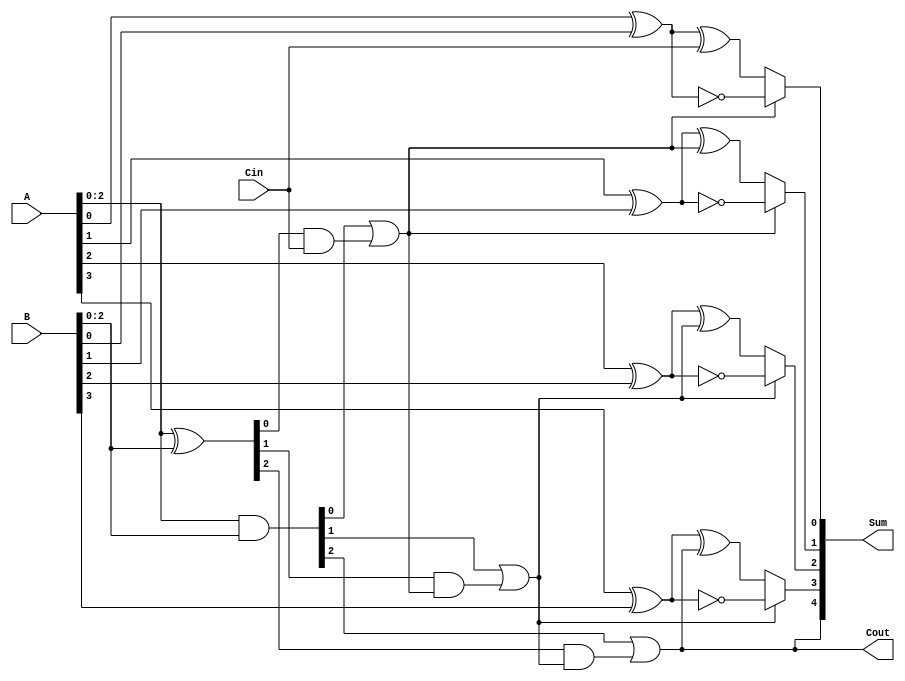
module CarrySelectAdder (
    input [3:0] A,          // First operand
    input [3:0] B,          // Second operand
    input Cin,              // Carry-in
    output [4:0] Sum,       // 4-bit sum + carry-out
    output Cout             // Carry-out
);

    // Intermediate signals
    wire [3:0] S0, S1;      // Partial sums assuming Cin = 0 and Cin = 1
    wire [3:0] G;           // Generate signals
    wire [3:0] P;           // Propagate signals
    wire [1:0] C;           // Carry-out signals for groups
    wire C0, C1;            // Carry-out for group 0 and group 1

    // Generate and propagate signals
    assign G = A & B;              // Generate
    assign P = A ^ B;              // Propagate

    // Group 0 (LSB group)
    assign S0[0] = A[0] ^ B[0] ^ Cin; // Sum with Cin = 0
    assign S1[0] = A[0] ^ B[0] ^ 1;   // Sum with Cin = 1
    assign C0 = G[0] | (P[0] & Cin);  // Carry-out for group 0

    // Group 1
    assign S0[1] = A[1] ^ B[1] ^ C0;  // Sum with carry from group 0
    assign S1[1] = A[1] ^ B[1] ^ 1;   // Sum with Cin = 1
    assign C1 = G[1] | (P[1] & C0);   // Carry-out for group 1

    // Group 2 (MSB group)
    assign S0[2] = A[2] ^ B[2] ^ C1;  // Sum with carry from group 1
    assign S1[2] = A[2] ^ B[2] ^ 1;   // Sum with Cin = 1
    assign Cout = G[2] | (P[2] & C1); // Final carry-out

    // Group 3 (MSB group)
    assign S0[3] = A[3] ^ B[3] ^ Cout; // Sum with carry from group 2
    assign S1[3] = A[3] ^ B[3] ^ 1;    // Sum with Cin = 1

    // Final Sum Selection
    assign Sum[0] = (C0) ? S1[0] : S0[0];
    assign Sum[1] = (C0) ? S1[1] : S0[1];
    assign Sum[2] = (C1) ? S1[2] : S0[2];
    assign Sum[3] = (C1) ? S1[3] : S0[3];
    assign Sum[4] = Cout; // Final carry-out

endmodule